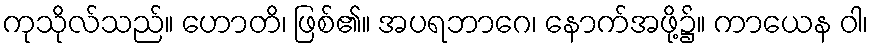
ကုသိုလ်သည်။ ဟောတိ၊ ဖြစ်၏။ အပရဘာဂေ၊ နောက်အဖို့၌။ ကာယေန ဝါ၊